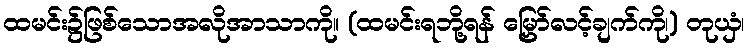
ထမင်း၌ဖြစ်သောအလိုအာသာကို။ (ထမင်းရဘို့ရန် မြှော်လင့်ချက်ကို၊) တုယှံ၊